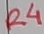
Text: R4